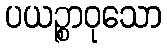
ပယဉ္စာဝုသော